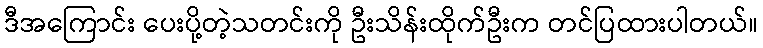
ဒီအကြောင်း ပေးပို့တဲ့သတင်းကို ဦးသိန်းထိုက်ဦးက တင်ပြထားပါတယ်။